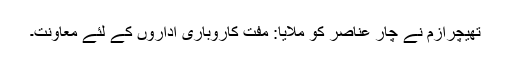
تھیچرازم نے چار عناصر کو ملایا: مفت کاروباری اداروں کے لئے معاونت۔